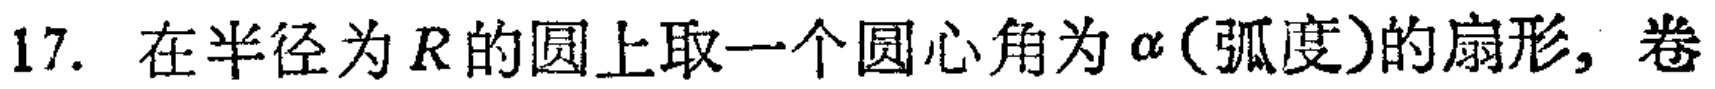
17. 在半径为\(R\)的圆上取一个圆心角为\(\alpha\)（弧度）的扇形，卷